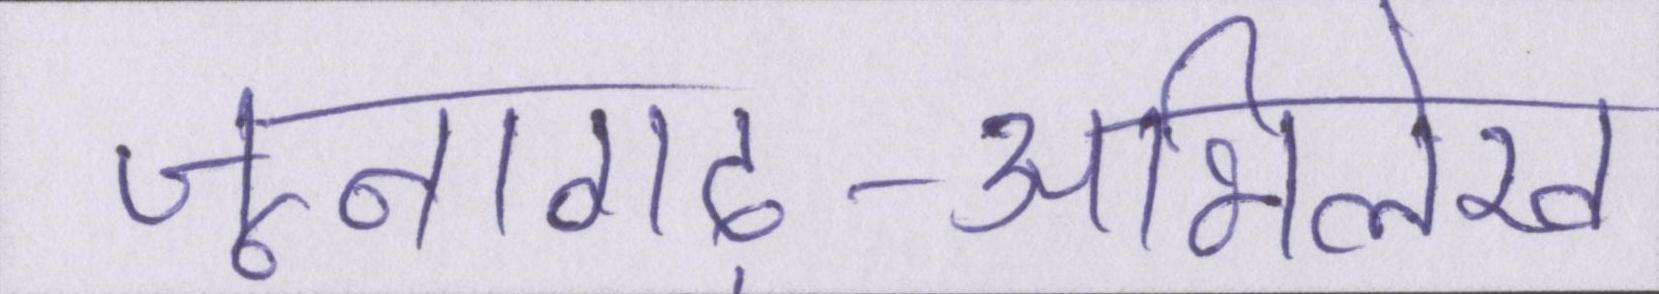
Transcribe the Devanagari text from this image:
जूनागढ़-अभिलेख